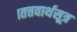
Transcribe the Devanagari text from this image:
।तत्तवार्थसूत्र